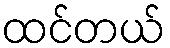
ထင်တယ်